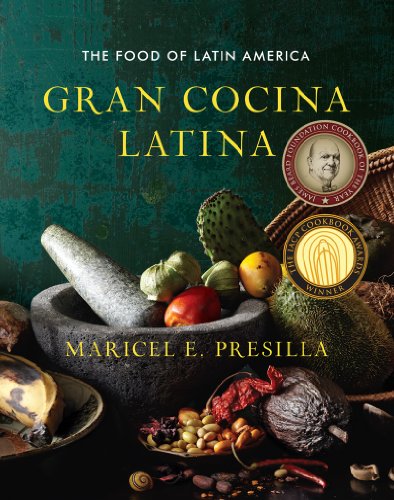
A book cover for Gran Cocina Latina: The Food of Latin America; Maricel E. Presilla; Cookbooks, Food & Wine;